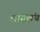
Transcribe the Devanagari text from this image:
लागलंय